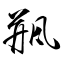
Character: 甁